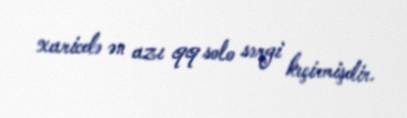
xaricdə ən azı 99 solo sərgi keçirmişdir.